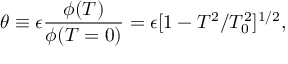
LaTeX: \theta \equiv \epsilon \frac { \phi ( T ) } { \phi ( T = 0 ) } = \epsilon [ 1 - T ^ { 2 } / T _ { 0 } ^ { 2 } ] ^ { 1 / 2 } ,